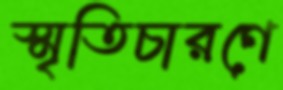
স্মৃতিচারণে